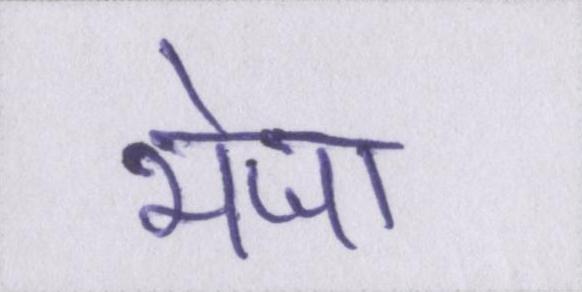
भेजा